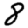
Digit: 8